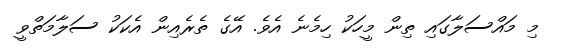
މި މައްސަލާގައި ތިން މީހަކު ހިމެނެ އެވެ. އޭގެ ތެރެއިން އެކަކު ސަލާމަތްވީ